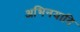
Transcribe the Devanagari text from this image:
अभिनयादि